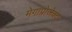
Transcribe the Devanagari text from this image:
मेगाप्रोजेक्ट